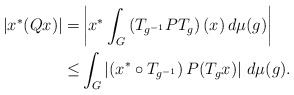
\begin{align*}|x^*(Qx)|=&\left|x^*\int_G\left(T_{g^{-1}}PT_g\right)(x)\, d\mu(g)\right|\\\leq& \int_G\left|\left(x^* \circ T_{g^{-1}}\right)P(T_gx)\right|\, d\mu(g).\end{align*}